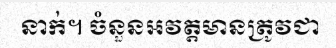
នាក់។ ចំនួនអវត្តមានត្រូវជា